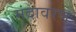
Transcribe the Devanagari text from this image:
मंदावरण